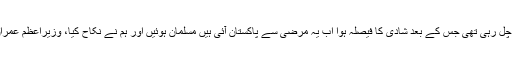
سلمان کا کہنا ہے کہ سوشل میڈیا کی دوستی محبت میں بدلی، 2015ء سے دوستی چل رہی تھی جس کے بعد شادی کا فیصلہ ہوا اب یہ مرضی سے پاکستان آئی ہیں مسلمان ہوئیں اور ہم نے نکاح کیا، وزیراعظم عمران خان مدد کریں ہمیں تحفظ دیں اور بیوی کو جلد از جلد پاکستانی شہریت دی جائے۔